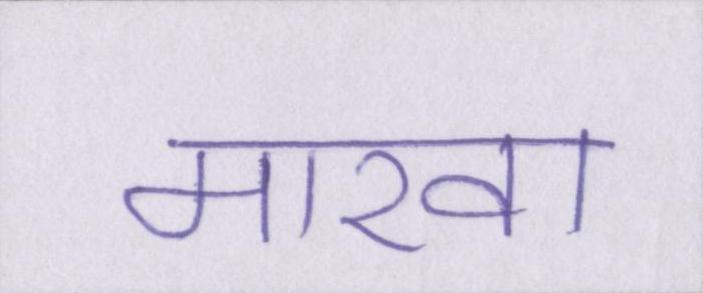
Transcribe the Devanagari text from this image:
मारवा